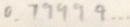
0 . 7 9 4 9 4 \cdots